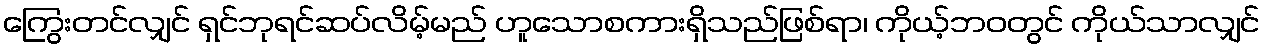
ကြွေးတင်လျှင် ရှင်ဘုရင်ဆပ်လိမ့်မည် ဟူသောစကားရှိသည်ဖြစ်ရာ၊ ကိုယ့်ဘဝတွင် ကိုယ်သာလျှင်